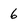
Character: 6